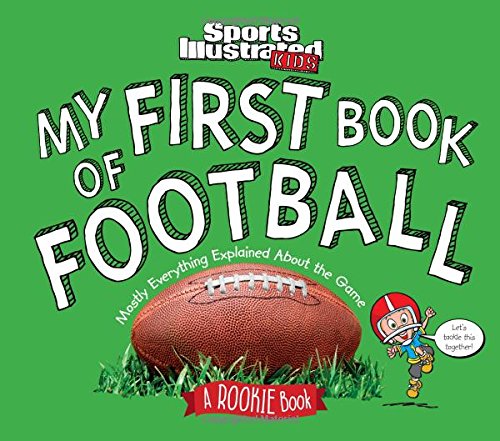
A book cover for My First Book of Football: A Rookie Book; The Editors of Sports Illustrated Kids; Sports & Outdoors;